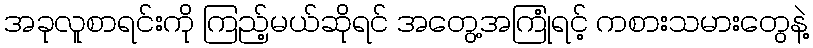
အခုလူစာရင်းကို ကြည့်မယ်ဆိုရင် အတွေ့အကြုံရင့် ကစားသမားတွေနဲ့